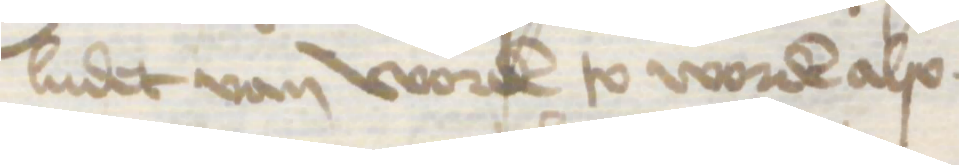
ludet van worden to worden also